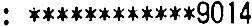
: ************9014